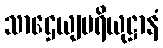
သာဌေယျပရိယုဋ္ဌာနံ